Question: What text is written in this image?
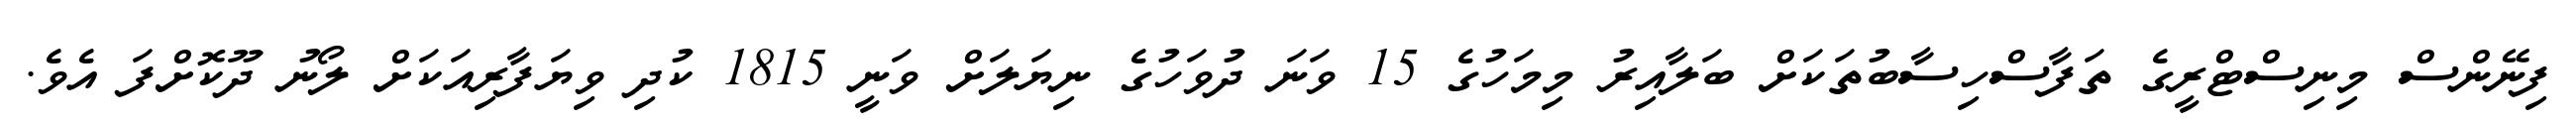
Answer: ފިނޭންސް މިނިސްޓްރީގެ ތަފާސްހިސާބުތަކަށް ބަލާއިރު މިމަހުގެ 15 ވަނަ ދުވަހުގެ ނިޔަލަށް ވަނީ 1815 ކުދި ވިޔަފާރިއަކަށް ލޯނު ދޫކޮށްފަ އެވެ.